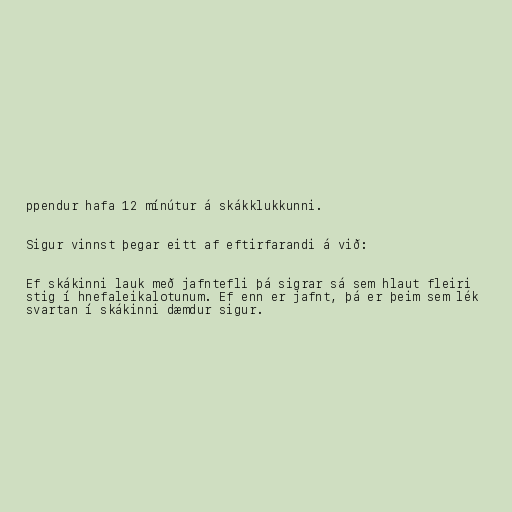
ppendur hafa 12 mínútur á skákklukkunni.

Sigur vinnst þegar eitt af eftirfarandi á við:

Ef skákinni lauk með jafntefli þá sigrar sá sem hlaut fleiri
stig í hnefaleikalotunum. Ef enn er jafnt, þá er þeim sem lék
svartan í skákinni dæmdur sigur.